Civil Veterinary Dept. Bombay admin report 1914-1922 - 1914-1922
Year: 1914
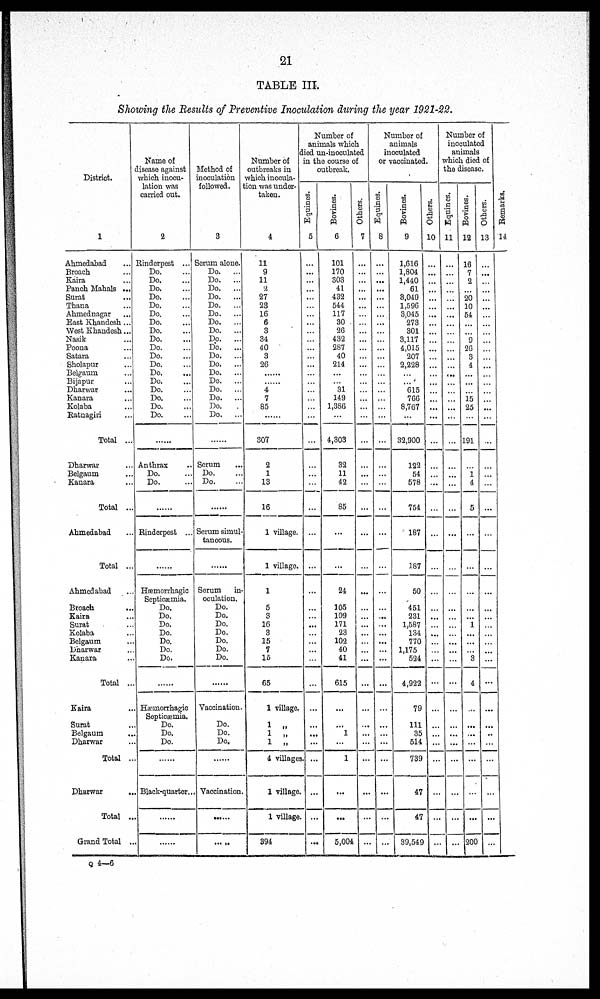
21
TABLE III.
Showing the Results of Preventive Inoculation during the year 1921-22.
District.
1
Ahmedabad ...
Broach ...
Kaira ...
Panch Mahals ...
Surat ...
Thana ...
Ahmednagar ...
East Khandesh ...
West Khandesh...
Nasik ...
Poona ...
Satara ...
Sholapur ...
Belgaum ...
Bijapur ...
Dharwar ...
Kanara ...
Kolaba ...
Ratnagiri ...
Total ...
Dharwar ...
Belgaum ...
Kanara ...
Total ...
Ahmedabad ...
Total ...
Ahmedabad ...
Broach
Kaira ...
Surat ...
Kolaba ...
Belgaum ...
Dharwar ...
Kanara ...
Total ...
Kaira ...
Surat ...
Belgaum ...
Dharwar ...
Total ...
Dharwar ...
Total ...
Grand Total ...
Name of
disease against
which inocu-
lation was
carried out.
2
Rinderpest ...
Do. ...
Do. ...
Do. ...
Do. ...
Do. ...
Do. ...
Do. ...
Do. ...
Do. ...
Do. ...
Do. ...
Do. ...
Do. ...
Do. ...
Do. ...
Do. ...
Do. ...
Do. ...
......
Anthrax
Do. ...
Do. ...
......
Rinderpest ...
......
Hæmorrhagic
Septicæmia.
Do.
Do.
Do.
Do.
Do.
Do.
Do.
......
Hæmorrhagic
Septicæmia.
Do.
Do.
Do.
......
Black-quarter ...
......
......
Method of
inoculation
followed.
3
Serum alone.
Do. ...
Do. ...
Do. ...
Do. ...
Do. ...
Do. ...
Do. ...
Do. ...
Do. ...
Do. ...
Do. ...
Do. ...
Do. ...
Do. ...
Do. ...
Do. ...
Do. ...
Do. ...
......
Serum
Do. ...
Do. ...
......
Serum simul-
taneous.
......
Serum in-
oculation.
Do.
Do.
Do.
Do.
Do.
Do.
Do.
......
Vaccination.
Do.
Do.
Do.
......
Vaccination.
......
... ..
Number of
outbreaks in
which inocula-
tion was under-
taken.
4
11
9
11
2
27
23
16
6
3
34
40
3
26
...
...
4
7
85
......
307
2
1
13
16
1 village.
1 village.
1
5
3
16
3
15
7
15
65
1 village.
1 „
1 „
1
„
4 villages
1 village.
1 village.
394
Number of
animals which
died un-inoculated
in the course of
outbreak.
Equines.
5
...
...
...
...
...
...
...
...
...
...
...
...
...
...
...
...
...
...
...
...
...
...
...
...
...
...
...
...
...
...
...
...
...
...
...
...
...
...
...
...
...
...
...
Bovines.
6
101
170
303
41
432
544
117
30
26
432
287
40
214
...
...
31
149
1,386
...
4,303
32
11
42
85
...
...
24
105
109
171
23
102
40
41
615
...
...
1
...
1
...
...
5,004
Others.
7
...
...
...
...
...
...
...
...
...
...
...
...
...
...
...
...
...
...
...
...
...
...
...
...
...
...
...
...
...
...
...
...
...
...
...
...
...
...
...
...
...
...
...
Number of
animals
inoculated
or vaccinated.
Equines.
8
...
...
...
...
...
...
...
...
...
...
...
...
...
...
...
...
...
...
...
...
...
...
...
...
...
...
...
...
...
...
...
...
...
...
...
...
...
...
...
...
...
...
...
Bovines.
9
1,616
1,804
1,440
61
3,049
1,596
3,045
273
301
3,117
4,015
207
2,228
...
...
615
766
8,767
...
32,900
122
54
578
754
187
187
50
451
231
1,587
134
770
1,175
524
4,922
79
111
35
514
739
47
47
39,549
Others.
10
...
...
...
...
...
...
...
...
...
...
...
...
...
...
...
...
...
...
...
...
...
...
...
...
...
...
...
...
...
...
...
...
...
...
...
...
...
...
...
...
...
...
...
Number of
inoculated
animals
which died of
the disease.
Equines.
11
...
...
...
...
...
...
...
...
...
...
...
...
...
...
...
...
...
...
...
...
...
...
...
...
...
...
...
...
...
...
...
...
...
...
...
...
...
...
...
...
...
...
...
Bovines.
12
16
7
2
...
20
10
54
...
...
9
26
3
4
...
...
15
25
...
191
...
1
4
5
...
...
...
...
...
1
...
...
...
3
4
...
...
...
...
...
...
...
200
Others.
13
...
...
...
...
...
...
...
...
...
...
...
...
...
...
...
...
...
...
...
...
...
...
...
...
...
...
...
...
...
...
...
...
...
...
...
...
...
...
...
...
...
...
...
Remarks.
14
Q4—6